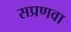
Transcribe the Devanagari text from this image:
सप्रणवा